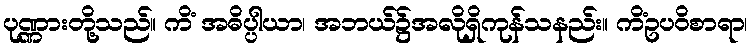
ပုဏ္ဏားတို့သည်။ ကိံ အဓိပ္ပါယာ၊ အဘယ်၌အလိုရှိကုန်သနည်း။ ကိံဥပဝိစာရာ၊